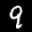
Label: 9